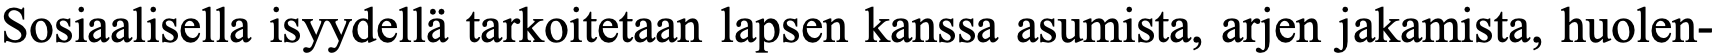
Sosiaalisella isyydellä tarkoitetaan lapsen kanssa asumista, arjen jakamista, huolen-